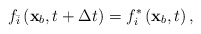
\begin{align*}{f_{\bar i}}\left( {{{\bf{x}}_b},t + \Delta t} \right) = f_i^*\left( {{{\bf{x}}_b},t} \right),\end{align*}